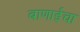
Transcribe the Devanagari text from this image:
बाणाईचा